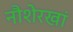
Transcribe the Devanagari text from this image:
नौशेरखां